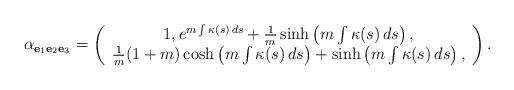
LaTeX: \begin{align*}\alpha_{\mathbf{e}_{1}\mathbf{e}_{2}\mathbf{e}_{3}}=\left(\begin{array}{c}1,e^{m\int \kappa (s)\,ds}+\frac{1}{m}\sinh \left( m\int \kappa(s)\,ds\right) , \\\frac{1}{m}(1+m)\cosh \left( m\int \kappa (s)\,ds\right) +\sinh \left( m\int\kappa (s)\,ds\right) ,\end{array}\right).\end{align*}